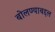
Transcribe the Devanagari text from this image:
बोलण्याबद्दल